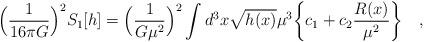
LaTeX: \begin{align*}\Bigl( \frac{1}{16 \pi G } \Bigr)^2 S_1[h] = \Bigl( \frac{1}{ G\mu^2} \Bigr)^2\int d^3x \sqrt{h(x)} \mu^3 \biggl\{ c_1 +c_2 \frac{R(x)}{\mu^2} \biggr\} ~~~ ,\end{align*}